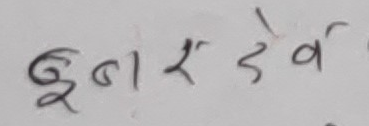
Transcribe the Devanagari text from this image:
७नर्देव